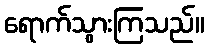
ရောက်သွားကြသည်။